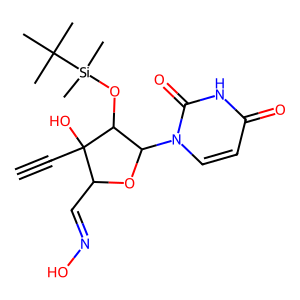
SMILES: C#CC1(O)C(C=NO)OC(n2ccc(=O)[nH]c2=O)C1O[Si](C)(C)C(C)(C)C
Inhibits HIV replication: No